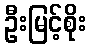
ဦးမြင့်စိုး